Leaving Certificate Examination (including Day School Certificate (Higher) General paper), 1939
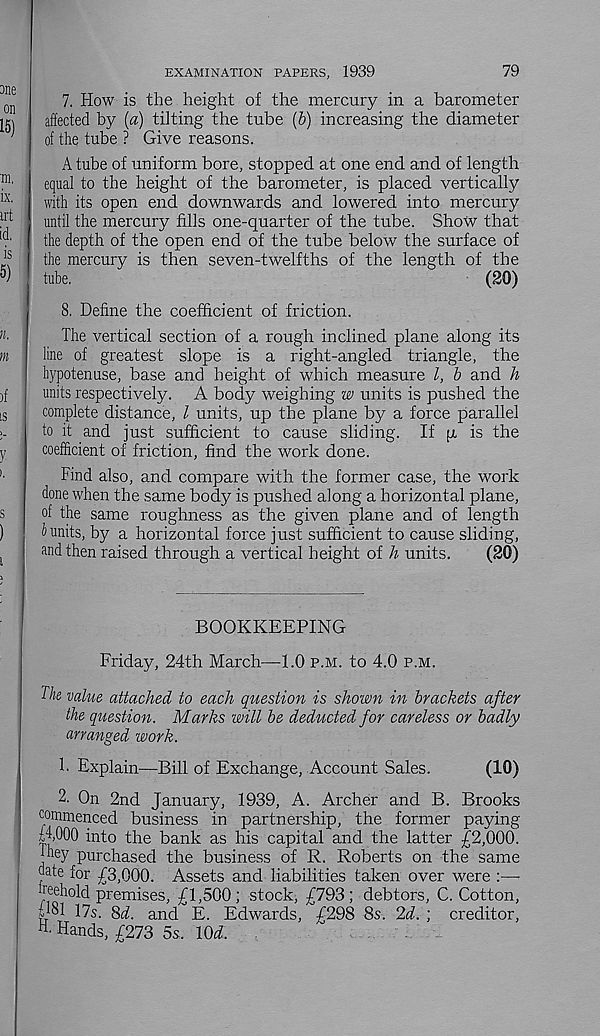
79
EXAMINATION PAPERS, 1939
7. How is the height of the mercury in a barometer
afiected by [a) tilting the tube (&) increasing the diameter
of the tube ? Give reasons.
A tube of uniform bore, stopped at one end and of length
equal to the height of the barometer, is placed vertically
with its open end downwards and lowered into mercury
until the mercury fills one-quarter of the tube. Show that
the depth of the open end of the tube below the surface of
the mercury is then seven-twelfths of the length of the
tube.
(20)
8. Define the coefficient of friction.
The vertical section of a rough inclined plane along its
line of greatest slope is a right-angled triangle, the
hypotenuse, base and height of which measure l, b and h
units respectively. A body weighing w units is pushed the
complete distance, l units, up the plane by a force parallel
to it and just sufficient to cause sliding. If p, is the
coefficient of friction, find the work done.
Find also, and compare with the former case, the work
done when the same body is pushed along a horizontal plane,
of the same roughness as the given plane and of length
units, by a horizontal force just sufficient to cause sliding,
and then raised through a vertical height of h units.
(20)
BOOKKEEPING
Friday, 24th March—1.0 p.m. to 4.0 p.m.
The value attached to each question is shown in brackets after
the question. Marks will be deducted for careless or badly
arranged work.
1. Explain—Bill of Exchange, Account Sales.
(10)
2. On 2nd January, 1939, A. Archer and B. Brooks
commenced business in partnership, the former paying
{JOOO into the bank as his capital and the latter £2,000.
Ihey purchased the business of R. Roberts on the same
date for £3,000. Assets and liabilities taken over were :—
freehold premises, £1,500; stock, £793; debtors, C. Cotton,
£181 17s. 8d. and E. Edwards, £298 8s. 2d. ; creditor,
H. Hands, £273 5s. \{)d.